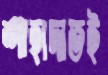
শাহাদাতই